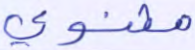
مثنوي